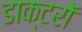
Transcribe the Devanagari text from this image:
डाक्‍टरों